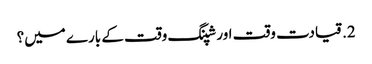
2. قیادت وقت اور شپنگ وقت کے بارے میں؟